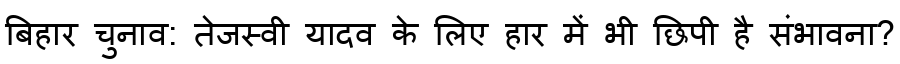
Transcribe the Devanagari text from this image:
बिहार चुनाव: तेजस्वी यादव के लिए हार में भी छिपी है संभावना?